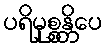
ပရိမုစ္စန္တိပေ